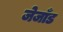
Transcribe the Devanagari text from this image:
जेजाँड